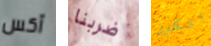
آكس ضربنا الكرز